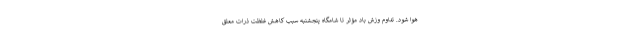
هوا شود. تداوم وزش باد مؤثر تا شامگاه پنجشنبه سبب کاهش غلظت ذرات معلق